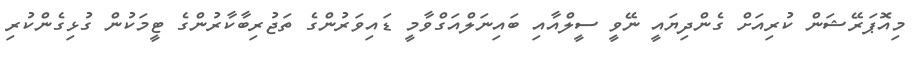
މިއޮޕަރޭޝަން ކުރިއަށް ގެންދިޔައީ ނޭވީ ސީލްއާއި ބައިނަލްއަގްވާމީ ޑައިވަރުންގެ ތަޖުރިބާކާރުންގެ ޓީމަކުން ގުޅިގެންކުރި